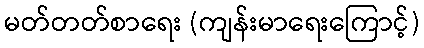
မတ်တတ်စာရေး (ကျန်းမာရေးကြောင့်)